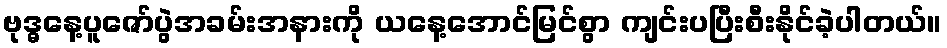
ဗုဒ္ဓနေ့ပူဇော်ပွဲအခမ်းအနားကို ယနေ့အောင်မြင်စွာ ကျင်းပပြီးစီးနိုင်ခဲ့ပါတယ်။